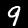
Digit: 9